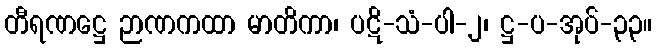
တီရဏဋ္ဌေ ဉာဏကထာ မာတိကာ၊ ပဋိ-သံ-ပါ-၂၊ ဋ္ဌ-ပ-အုပ်-၃၃။